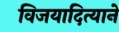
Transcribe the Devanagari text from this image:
विजयादित्याने